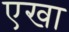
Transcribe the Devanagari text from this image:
एखा